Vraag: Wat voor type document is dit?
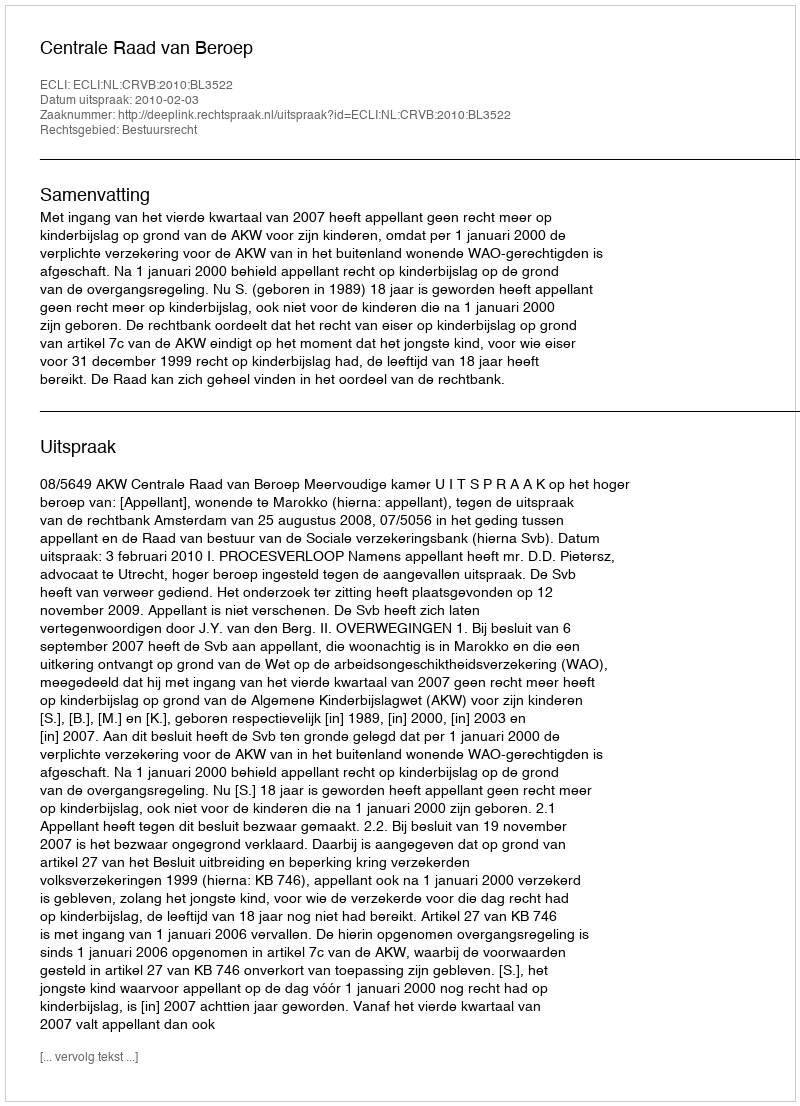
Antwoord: Uitspraak